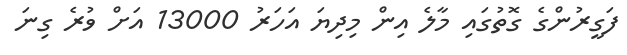
ފަގީރުންގެ ގޮތުގައި މާލެ އިން މިިދިޔަ އަހަރު 13000 އަށް ވުރެ ގިނަ